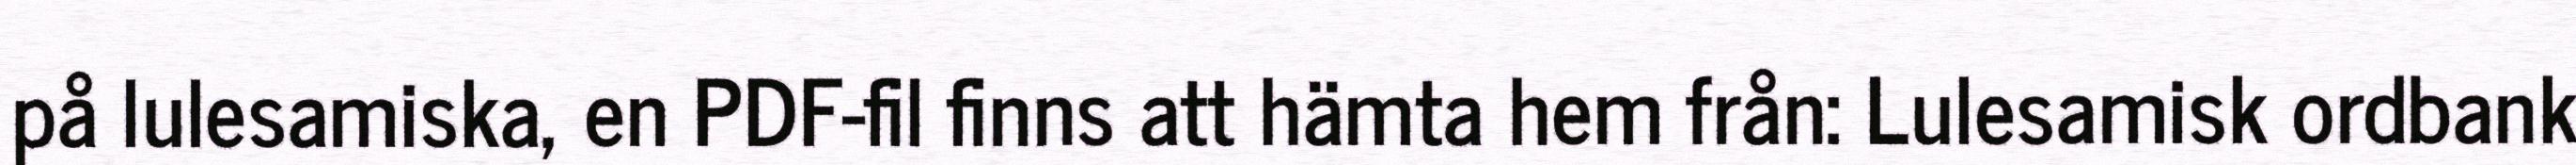
på lulesamiska, en PDF-fil finns att hämta hem från: Lulesamisk ordbank